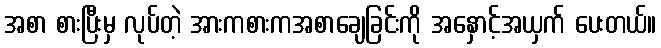
အစာ စားပြီးမှ လုပ်တဲ့ အားကစားကအစာချေခြင်းကို အနှောင့်အယှက် ပေးတယ်။